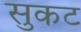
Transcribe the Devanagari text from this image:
सुकट